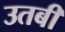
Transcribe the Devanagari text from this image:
उतबी